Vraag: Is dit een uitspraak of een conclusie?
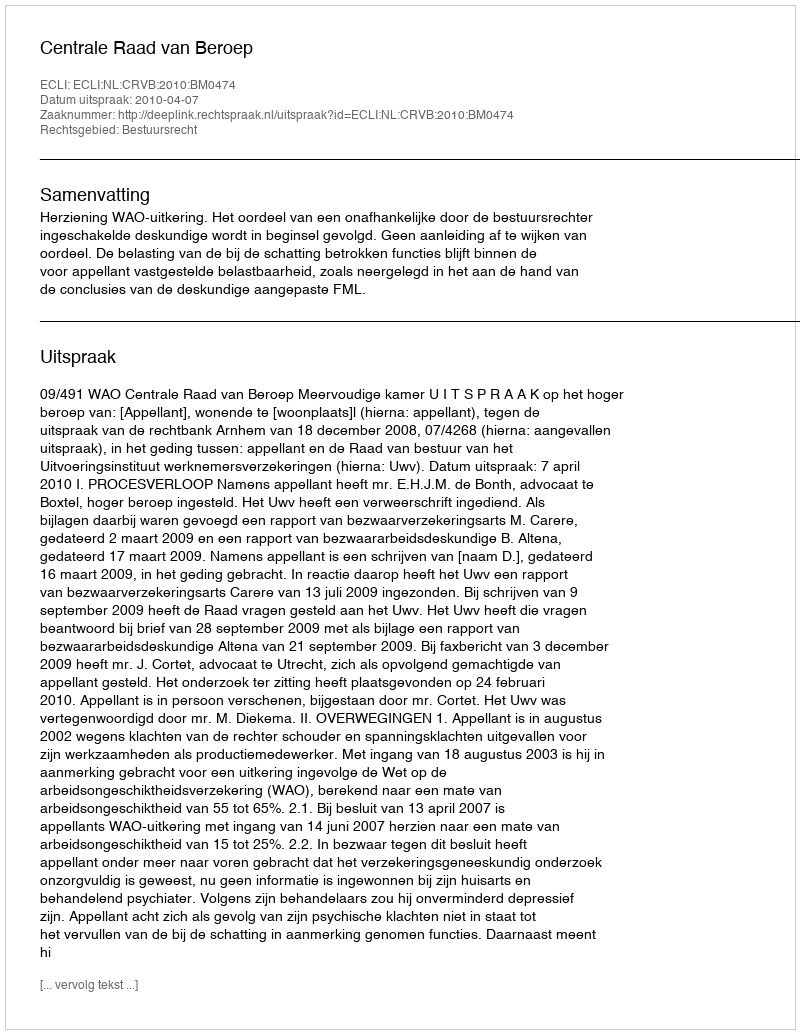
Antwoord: Uitspraak